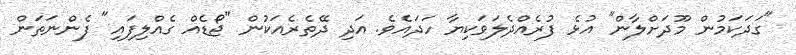
"ގަދަކަމުން މޫދަށްލާން" އުޅެ ފުރެއްދެލަވަކިޔާ ހަދައެވެ. އަދި ދޭތެރެއަކުން "ޖޯޑެއް ގެއްލިފައި" ފެންނަތަން